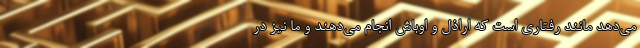
می‌دهد مانند رفتاری است که اراذل و اوباش انجام می‌دهند و ما نیز در